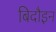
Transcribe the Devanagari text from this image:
बिदौइन